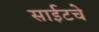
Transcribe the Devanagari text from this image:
साईटचे